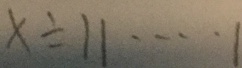
x \div 1 1 \cdots 1